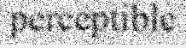
perceptible